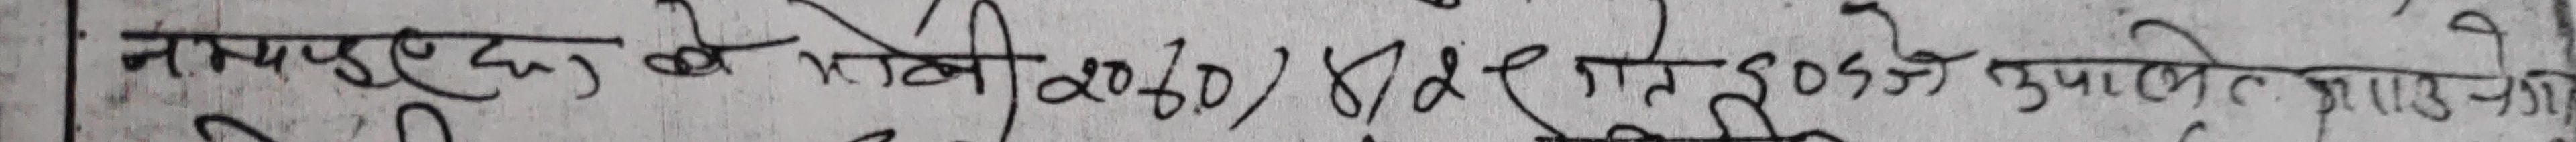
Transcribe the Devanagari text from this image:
नमपुर छुट, के गामी २०७०/४/८ गते उपस्थित उम्मेदवार